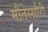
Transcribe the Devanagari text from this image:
मौंतेस्सौरी